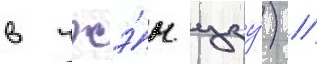
в чжэ́н цзу́) /